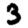
Digit: 3